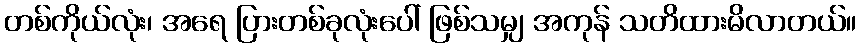
တစ်ကိုယ်လုံး၊ အရေ ပြားတစ်ခုလုံးပေါ် ဖြစ်သမျှ အကုန် သတိထားမိလာတယ်။